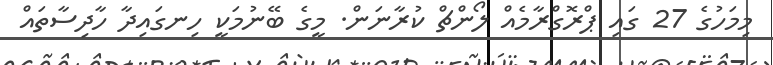
މިމަހުގެ 27 ގައި ޕްރޮގްރާމެއް ލޯންޗް ކުރާނަން. މީގެ ބޭނުމަކީ ހިނގައިދާ ހާދިސާތައް